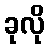
ခုလို